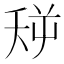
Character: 𪜏